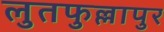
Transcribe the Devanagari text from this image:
लुतफुल्लापुर